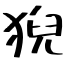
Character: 猊